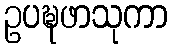
ဥပဍ္ဎဖာသုကာ